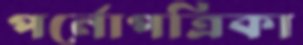
পর্নোপত্রিকা